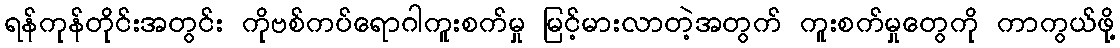
ရန်ကုန်တိုင်းအတွင်း ကိုဗစ်ကပ်ရောဂါကူးစက်မှု မြင့်မားလာတဲ့အတွက် ကူးစက်မှုတွေကို ကာကွယ်ဖို့